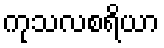
ကုသလစရိယာ